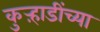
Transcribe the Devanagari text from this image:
कुऱ्हाडींच्या